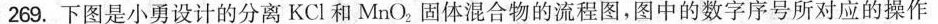
269.下图是小勇设计的分离KCl和MnO_{2}固体混合物的流程图，图中的数字序号所对应的操作